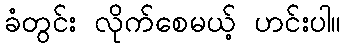
ခံတွင်း လိုက်စေမယ့် ဟင်းပါ။